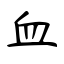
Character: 血